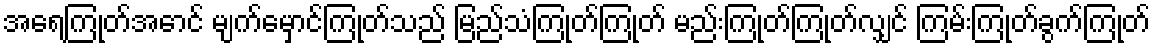
အရေကြုတ်အောင် မျက်မှောင်ကြုတ်သည် မြည်သံကြုတ်ကြုတ် မည်းကြုတ်ကြုတ်လျှင် ကြမ်းကြုတ်ခွက်ကြုတ်